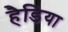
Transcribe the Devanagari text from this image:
हैडिया